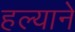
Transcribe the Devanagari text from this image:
हल्याने